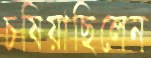
চষিয়াছিলেন